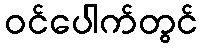
ဝင်ပေါက်တွင်